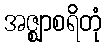
အဇ္ဈာစရိတုံ